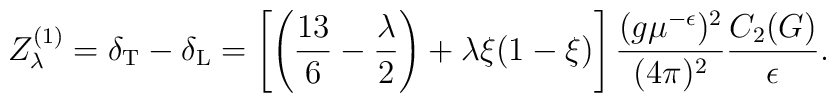
Z_\lambda^{(1)} =\delta_{\rm T}-\delta_{\rm L} =\left[\left(\frac{13}6-\frac\lambda2\right)+\lambda\xi(1-\xi)\right]  \frac{(g\mu^{-\epsilon})^2}{(4\pi)^2} \frac{C_2(G)}{\epsilon} .